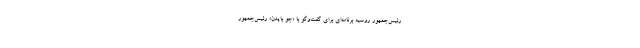
رئیس‌جمهور روسیه برنامه‌ای برای گفت‌وگو با «جو بایدن» رئیس‌جمهور